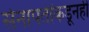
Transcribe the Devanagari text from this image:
सेनापतींकडूनही